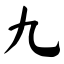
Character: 九